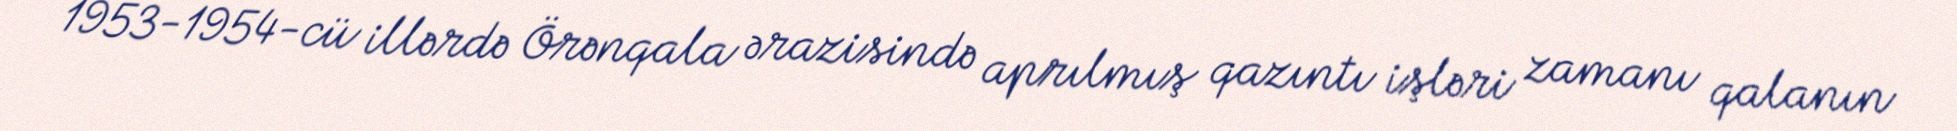
1953-1954-cü illərdə Örənqala ərazisində aprılmış qazıntı işləri zamanı qalanın